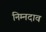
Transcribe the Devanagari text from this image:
निम्नदाव